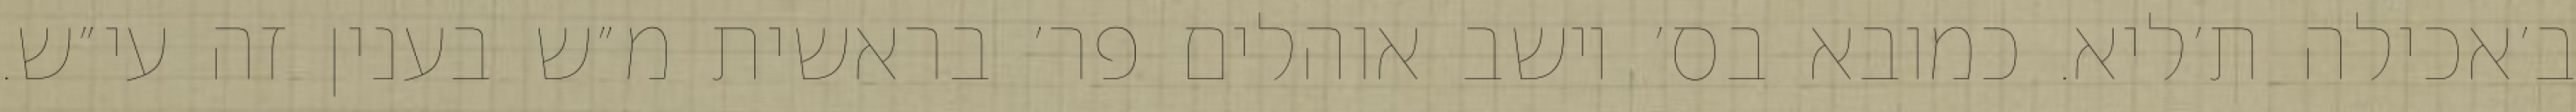
ב׳אכילה ת׳ליא. כמובא בס׳ יושב אוהלים פר׳ בראשית מ״ש בענין זה עי״ש.